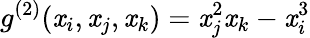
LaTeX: {g}^{(2)}(\mathit{x}_{i},\mathit{x}_{j},\mathit{x}_{k})=\mathit{x}_{j}^{2}\mathit{x}_{k}-\mathit{x}_{i}^{3}